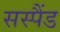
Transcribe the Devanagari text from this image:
सस्पैंड